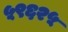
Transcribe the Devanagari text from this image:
५९६२५